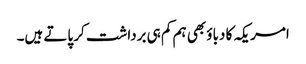
امریکہ کا دباؤ بھی ہم کم ہی برداشت کر پاتے ہیں۔